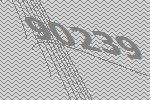
90239